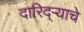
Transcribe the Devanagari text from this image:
दारिद्‌ऱ्याचे